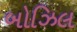
બોઝિલ